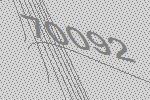
70092